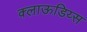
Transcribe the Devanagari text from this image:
क्लाऊडिय्स